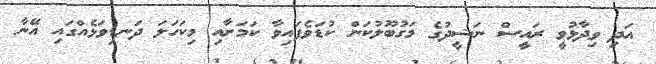
އަދި ވިދާޅުވީ ރައީސް ނަޝީދުގެ މަގުބޫލުކަން ކުޑަވެފައިވާ ކަމަށާއި މިކަހަލަ ދަނޑިވަޅެއްގައި އޭނާ